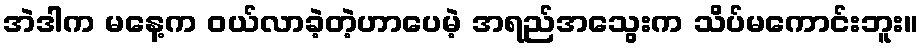
အဲဒါက မနေ့က ဝယ်လာခဲ့တဲ့ဟာပေမဲ့ အရည်အသွေးက သိပ်မကောင်းဘူး။